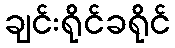
ချင်းရိုင်ခရိုင်